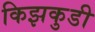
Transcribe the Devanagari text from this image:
किझकुडी